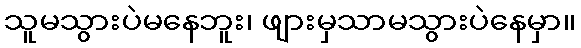
သူမသွားပဲမနေဘူး၊ ဖျားမှသာမသွားပဲနေမှာ။